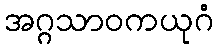
အဂ္ဂသာဝကယုဂံ